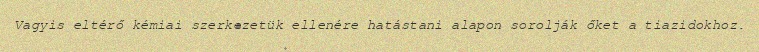
Vagyis eltérő kémiai szerkezetük ellenére hatástani alapon sorolják őket a tiazidokhoz.